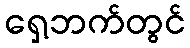
ရှေ့ဘက်တွင်